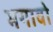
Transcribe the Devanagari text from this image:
भगावो